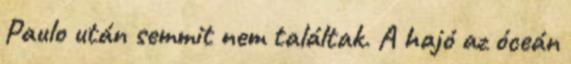
Paulo után semmit nem találtak. A hajó az óceán